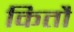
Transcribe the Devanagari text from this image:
कितौ